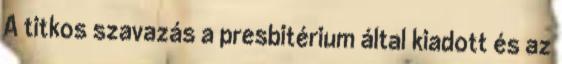
A titkos szavazás a presbitérium által kiadott és az